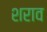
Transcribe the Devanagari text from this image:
शराव